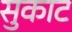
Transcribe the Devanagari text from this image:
सुकाट